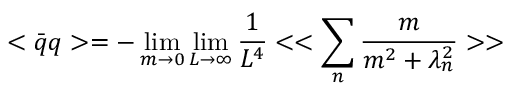
< \bar { q } q > = - \operatorname * { l i m } _ { m \to 0 } \operatorname * { l i m } _ { L \to \infty } \frac { 1 } { L ^ { 4 } } < < \sum _ { n } \frac { m } { m ^ { 2 } + \lambda _ { n } ^ { 2 } } > >